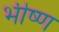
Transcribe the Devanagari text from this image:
भीष्ण